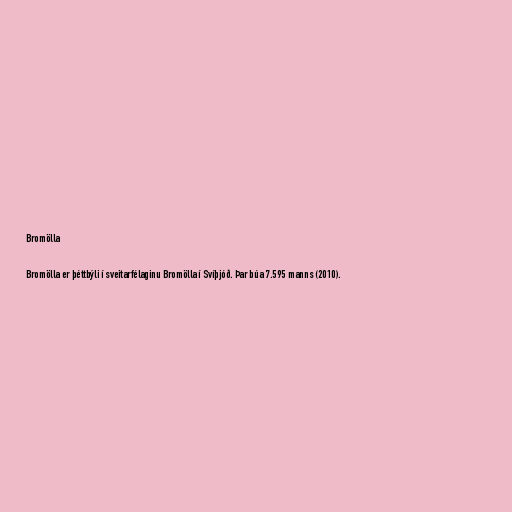
Bromölla

Bromölla er þéttbýli í sveitarfélaginu Bromölla í Svíþjóð. Þar búa 7.595 manns (2010).